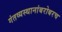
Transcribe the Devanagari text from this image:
गंतव्यस्थानांबरोबरच